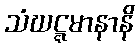
သံဃဋ္ဋမာနာနိ